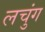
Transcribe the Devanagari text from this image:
लचुंग